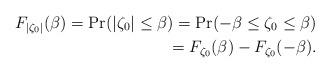
LaTeX: \begin{align*}F_{|\zeta_0|}(\beta)=\Pr(|\zeta_0|\leq \beta)=\Pr(-\beta \leq \zeta_0 \leq \beta)\\= F_{\zeta_0}(\beta)-F_{\zeta_0}(-\beta).\end{align*}